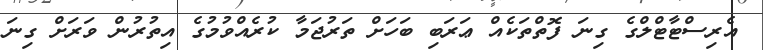
އެރިސްޓާޓްލްގެ ގިނަ ފޮތްތަކެއް ޢަރަބި ބަހަށް ތަރުޖަމާ ކުރެއްވުމުގެ އިތުރުން ވަރަށް ގިނަ